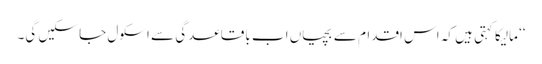
‘‘ مالیکا کہتی ہیں کہ اس اقدام سے بچیاں اب باقاعدگی سے اسکول جا سکیں گی۔